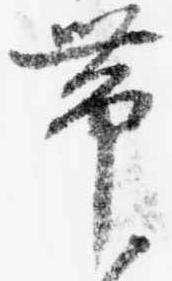
帯